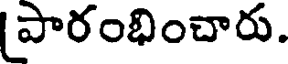
పారంభించారు.